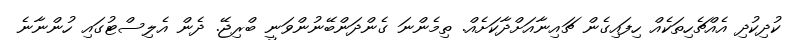
ކުދިކުދި އެއްޗެހިތަކެއް ހިފައިގެން ޗައިނާއަށްދާކަށެއް. ތިމެންނަ ގެންދަންބޭނުންވަނީ ބްރިޖޭ. ދެން އެލިސްޓުގައި ހުންނާނެ